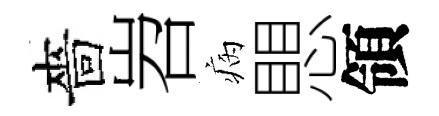
嗇岧病愳領